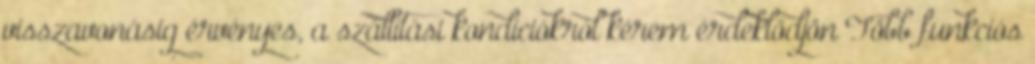
visszavonásig érvényes, a szállítási kondíciókról kérem érdeklődjön Több funkciós